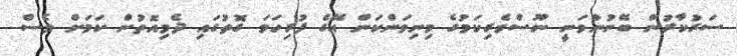
ސަރުކާރުން ބޭނުންވަނީ ނޫސްވެރިކަމުގެ މިނިވަންކަން އޭގެ ފުރިހަމަ ގޮތުގައި ދެމިއޮތުން ކަމަށް ވެސް